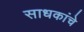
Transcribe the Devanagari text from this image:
साधकांचे